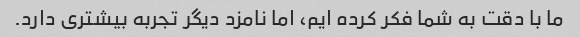
ما با دقت به شما فکر کرده ایم، اما نامزد دیگر تجربه بیشتری دارد.